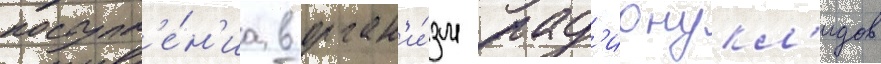
поступл'е́н'иа в орган'и́зм рад'ионукл'идов